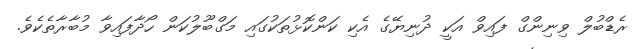
ރެޑްބުލް ވިނިންގް ފައިވް އަކީ ދުނިޔޭގެ އެކި ކަންކޮޅުތަކުގައި މަގްބޫލުކަން ހޯދާފައިވާ މުބާރާތެކެވެ.